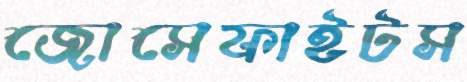
জোসেফাইটস